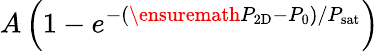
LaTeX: A\left(1-e^{-(\ensuremath{P_{\mathrm{2D}}}-P_{0})/P_{\mathrm{sat}}}\right)